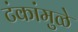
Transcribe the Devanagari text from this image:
टंकांमुळे